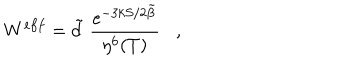
W ^ { e f f } = \tilde { d } \; \frac { e ^ { { - 3 k S } / { 2 \tilde { \beta } } } } { \eta ^ { 6 } ( T ) } ,